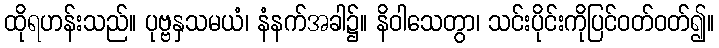
ထိုရဟန်းသည်။ ပုဗ္ဗနှသမယံ၊ နံနက်အခါ၌။ နိဝါသေတွာ၊ သင်းပိုင်းကိုပြင်ဝတ်ဝတ်၍။